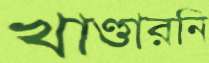
খাণ্ডারনি